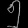
Digit: ၅